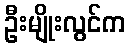
ဦးမျိုးလွင်က